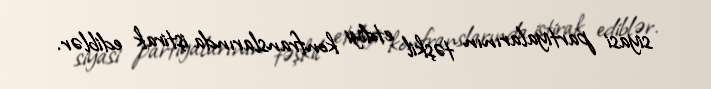
siyasi partiyalarının təşkil etdiyi konfranslarında iştirak ediblər.